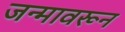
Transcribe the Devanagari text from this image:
जन्मावरून